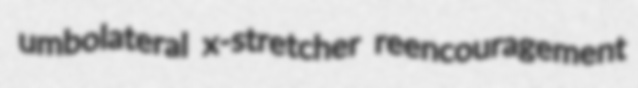
umbolateral x-stretcher reencouragement